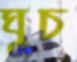
ঘুচ